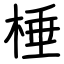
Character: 棰